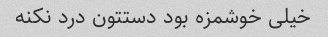
خیلی خوشمزه بود دستتون درد نکنه